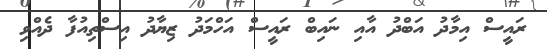
ރައީސް އިމާދު އަބްދު އާއި ނައިބް ރައީސް އަހްމަދު ޒިޔާދު އިސްތިއުފާ ދެއްވި